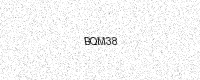
Text: BQM38